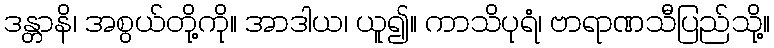
ဒန္တာနိ၊ အစွယ်တို့ကို။ အာဒါယ၊ ယူ၍။ ကာသိပုရံ၊ ဗာရာဏသီပြည်သို့။